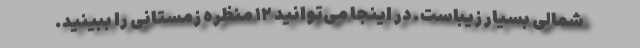
شمالی بسیار زیباست. در اینجا می‌توانید ۱۲ منظره زمستانی را ببینید.